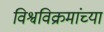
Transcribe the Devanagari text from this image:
विश्वविक्रमांच्या